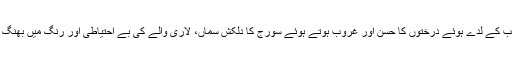
چیڑ کے درختوں کا تنفس، جنگلی پرندوں کی نغمہ سرائیاں سیب کے لدے ہُوئے درختوں کا حسن اور غروب ہوتے ہوئے سورج کا دلکش سماں، لاری والے کی بے احتیاطی اور رنگ میں بھنگ ڈالنے والی تقدیر کی گستاخی کا رنج افزا خیال محو کردیتا ہے۔